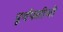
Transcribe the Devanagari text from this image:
पूर्वपतीची